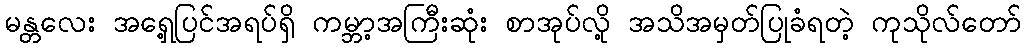
မန္တလေး အရှေ့ပြင်အရပ်ရှိ ကမ္ဘာ့အကြီးဆုံး စာအုပ်လို့ အသိအမှတ်ပြုခံရတဲ့ ကုသိုလ်တော်